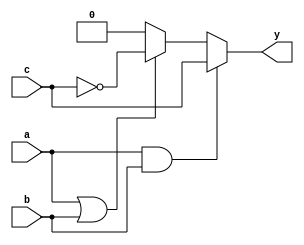
module combinational_logic (
    input wire a,          // Input signal a
    input wire b,          // Input signal b
    input wire c,          // Input signal c
    output reg y          // Output signal y
);

always @(*) begin
    // Combinational logic assignment
    if (a && b) begin
        y = c;            // If both a and b are high, output c
    end else if (a || b) begin
        y = ~c;           // If either a or b is high, output NOT c
    end else begin
        y = 1'b0;         // If neither a nor b is high, output 0
    end
end

endmodule